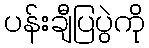
ပန်းချီပြပွဲကို